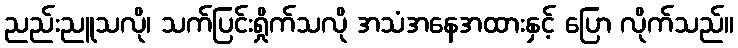
ညည်းညူသလို၊ သက်ပြင်းရှိုက်သလို အသံအနေအထားနှင့် ပြော လိုက်သည်။